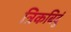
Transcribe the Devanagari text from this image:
त्रिकबिदुं